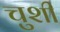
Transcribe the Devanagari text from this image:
चुशी